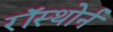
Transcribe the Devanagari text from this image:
रॉस्थोर्न